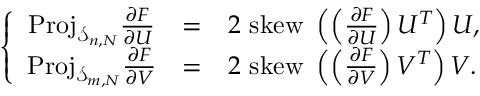
\left\{ \begin{array} { c c l } { \mathrm { P r o j } _ { \mathcal { S } _ { n , N } } \frac { \partial F } { \partial U } } & { = } & { 2 \mathrm { ~ s k e w ~ } \left( \left( \frac { \partial F } { \partial U } \right) U ^ { T } \right) U , } \\ { \mathrm { P r o j } _ { \mathcal { S } _ { m , N } } \frac { \partial F } { \partial V } } & { = } & { 2 \mathrm { ~ s k e w ~ } \left( \left( \frac { \partial F } { \partial V } \right) V ^ { T } \right) V . } \end{array} \right.